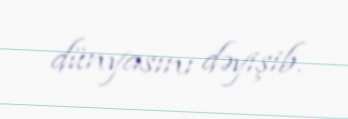
dünyasını dəyişib.